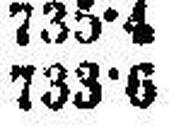
733·6